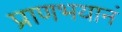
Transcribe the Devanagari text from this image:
प्राणभयानं